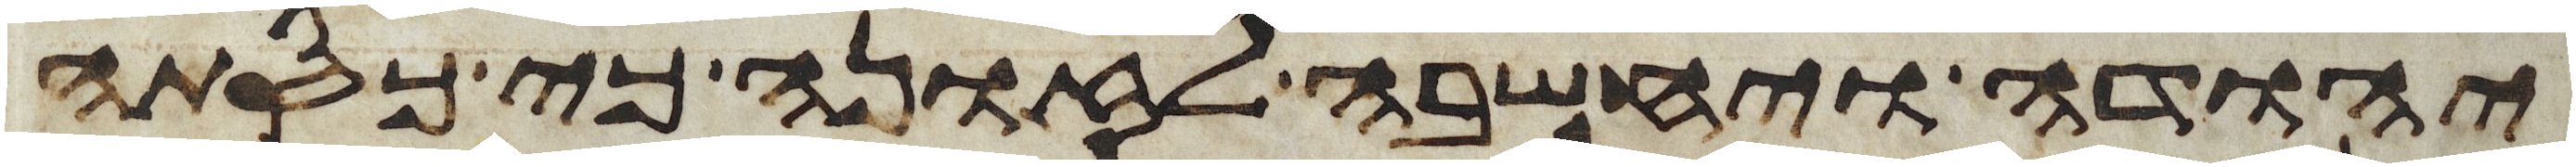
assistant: יהודה ויחשבה לזונה כי כסתה